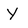
Character: Y